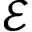
\mathcal { E }